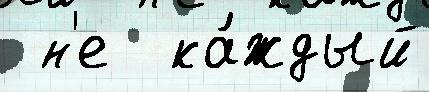
 н'е  ка́ждый